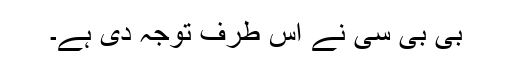
بی بی سی نے اس طرف توجہ دی ہے۔